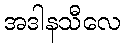
အဒါနသီလေ